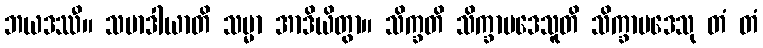
ဘယဒဿီ။ သမာဒါယာတိ သမ္မာ အာဒိယိတွာ။ သိက္ခတိ သိက္ခာပဒေသူတိ သိက္ခာပဒေသု တံ တံ